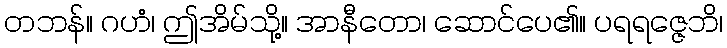
တဘန်။ ဂဟံ၊ ဤအိမ်သို့။ အာနီတော၊ ဆောင်ပေ၏။ ပရရဇ္ဇေဘိ၊